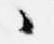
々